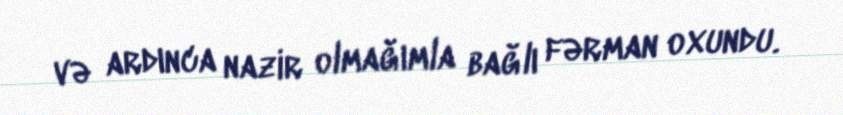
və ardınca nazir olmağımla bağlı fərman oxundu.